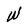
Character: W